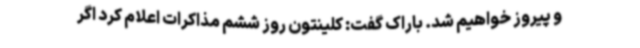
و پیروز خواهیم شد. باراک گفت: کلینتون روز ششم مذاکرات اعلام کرد اگر